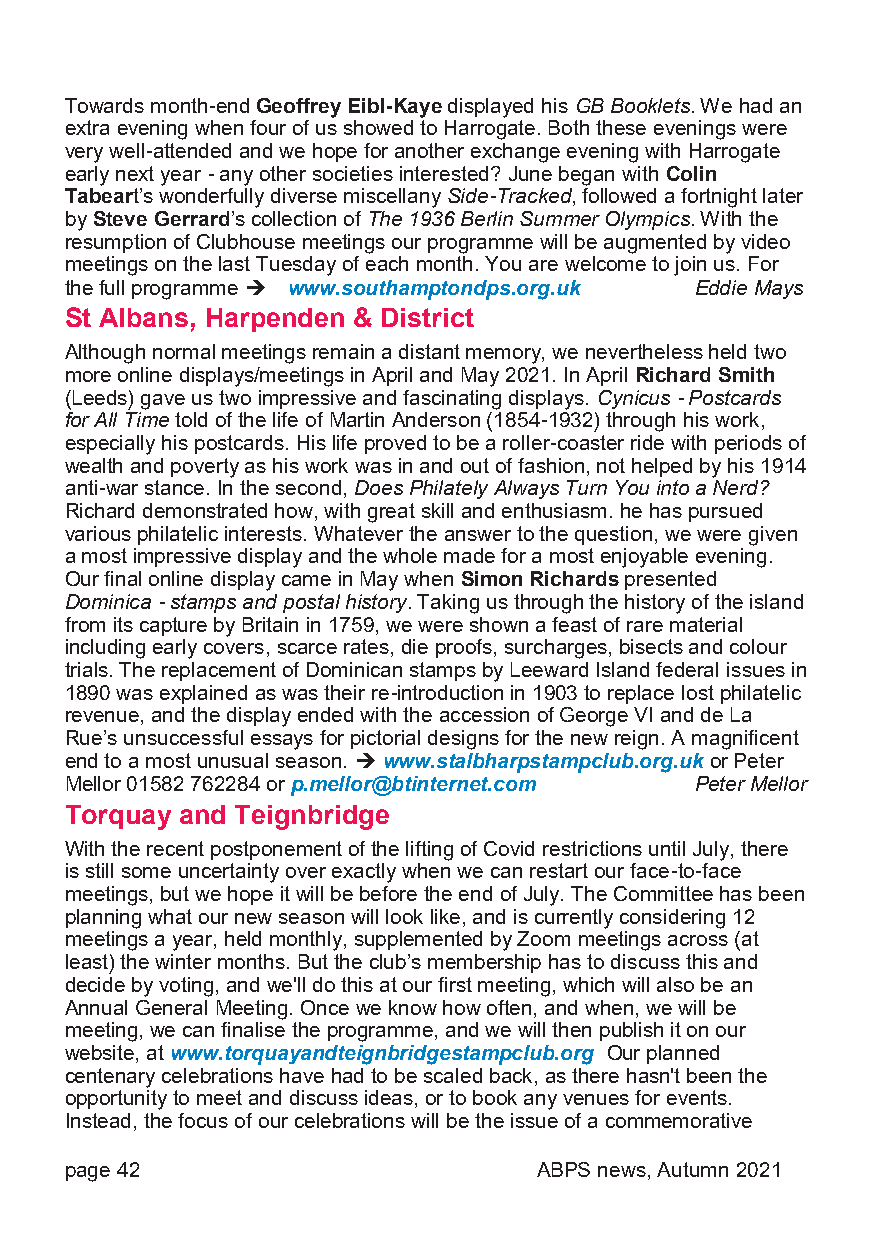
Towards month-end Geoffrey Eibl-Kaye displayed his GB Booklets. We had an
 extra evening when four of us showed to Harrogate. Both these evenings were
 very well-attended and we hope for another exchange evening with Harrogate
 early next year - any other societies interested? June began with Colin
 Tabeart’s wonderfully diverse miscellany Side-Tracked, followed a fortnight later
 by Steve Gerrard’s collection of The 1936 Berlin Summer Olympics. With the
 resumption of Clubhouse meetings our programme will be augmented by video
 meetings on the last Tuesday of each month. You are welcome to join us. For
 the full programme www.southamptondps.org.uk Eddie Mays
 St Albans, Harpenden & District
 Although normal meetings remain a distant memory, we nevertheless held two
 more online displays/meetings in April and May 2021. In April Richard Smith
 (Leeds) gave us two impressive and fascinating displays. Cynicus - Postcards
 for All Time told of the life of Martin Anderson (1854-1932) through his work,
 especially his postcards. His life proved to be a roller-coaster ride with periods of
 wealth and poverty as his work was in and out of fashion, not helped by his 1914
 anti-war stance. In the second, Does Philately Always Turn You into a Nerd?
 Richard demonstrated how, with great skill and enthusiasm. he has pursued
 various philatelic interests. Whatever the answer to the question, we were given
 a most impressive display and the whole made for a most enjoyable evening.
 Our final online display came in May when Simon Richards presented
 Dominica - stamps and postal history. Taking us through the history of the island
 from its capture by Britain in 1759, we were shown a feast of rare material
 including early covers, scarce rates, die proofs, surcharges, bisects and colour
 trials. The replacement of Dominican stamps by Leeward Island federal issues in
 1890 was explained as was their re-introduction in 1903 to replace lost philatelic
 revenue, and the display ended with the accession of George VI and de La
 Rue’s unsuccessful essays for pictorial designs for the new reign. A magnificent
 end to a most unusual season.  www.stalbharpstampclub.org.uk or Peter
 Mellor 01582 762284 or p.mellor@btinternet.com Peter Mellor
 Torquay and Teignbridge
 With the recent postponement of the lifting of Covid restrictions until July, there
 is still some uncertainty over exactly when we can restart our face-to-face
 meetings, but we hope it will be before the end of July. The Committee has been
 planning what our new season will look like, and is currently considering 12
 meetings a year, held monthly, supplemented by Zoom meetings across (at
 least) the winter months. But the club’s membership has to discuss this and
 decide by voting, and we'll do this at our first meeting, which will also be an
 Annual General Meeting. Once we know how often, and when, we will be
 meeting, we can finalise the programme, and we will then publish it on our
 website, at www.torquayandteignbridgestampclub.org Our planned
 centenary celebrations have had to be scaled back, as there hasn't been the
 opportunity to meet and discuss ideas, or to book any venues for events.
 Instead, the focus of our celebrations will be the issue of a commemorative
 page 42                         ABPS news, Autumn 2021